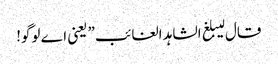
قال لیبلغ الشاہد الغائب” یعنی اے لوگو!